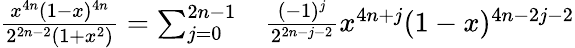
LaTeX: \begin{array}{rl}{{\frac{x^{4n}(1-x)^{4n}}{2^{2n-2}(1+x^{2})}}=\sum_{j=0}^{2n-1}}&{{}{\frac{(-1)^{j}}{2^{2n-j-2}}}x^{4n+j}(1-x)^{4n-2j-2}}\end{array}